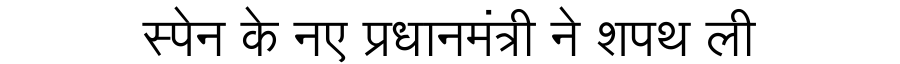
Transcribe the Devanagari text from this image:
स्पेन के नए प्रधानमंत्री ने शपथ ली